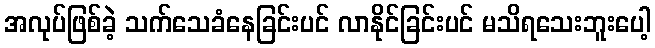
အလုပ်ဖြစ်ခဲ့ သက်သေခံနေခြင်းပင် လာနိုင်ခြင်းပင် မသိရသေးဘူးပေါ့